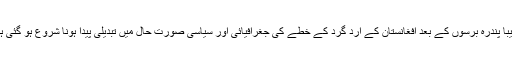
تقریباً پندرہ برسوں کے بعد افغانستان کے ارد گرد کے خطے کی جغرافیائی اور سیاسی صورت حال میں تبدیلی پیدا ہونا شروع ہو گئی ہے۔